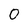
Character: 0